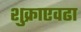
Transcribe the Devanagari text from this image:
शुक्राएवढा